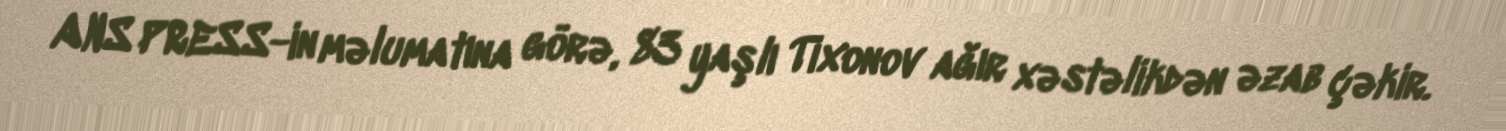
ANS PRESS-in məlumatına görə, 83 yaşlı Tixonov ağır xəstəlikdən əzab çəkir.